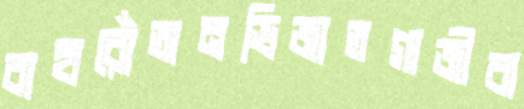
বাহারোঁঅনভিজাতগাজীবা